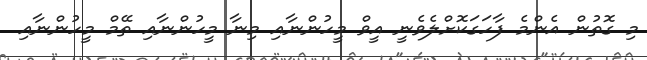
މި ގޮތުން އެންމެ ފާހަގަކޮށްލެވެނީ އީވް މީހުންނާއި މިނާ މީހުންނާއި ތޭމް މީހުންނާއި